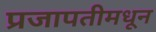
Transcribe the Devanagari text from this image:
प्रजापतीमधून